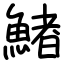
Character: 鯺